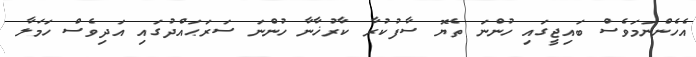
އެހެންނަމަވެސް ބައިޖީގައި ހުންނަ ތެޔޮ ސާފުކުރާ ކާރުޚާނާ ހުންނަ ސަރަޙައްދުގައި އަދިވެސް ހަމަލާ